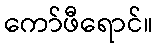
ကော်ဖီရောင်။